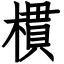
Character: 樌